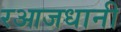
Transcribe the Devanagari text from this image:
रआजधानी